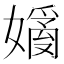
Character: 𡡗